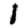
Digit: 1